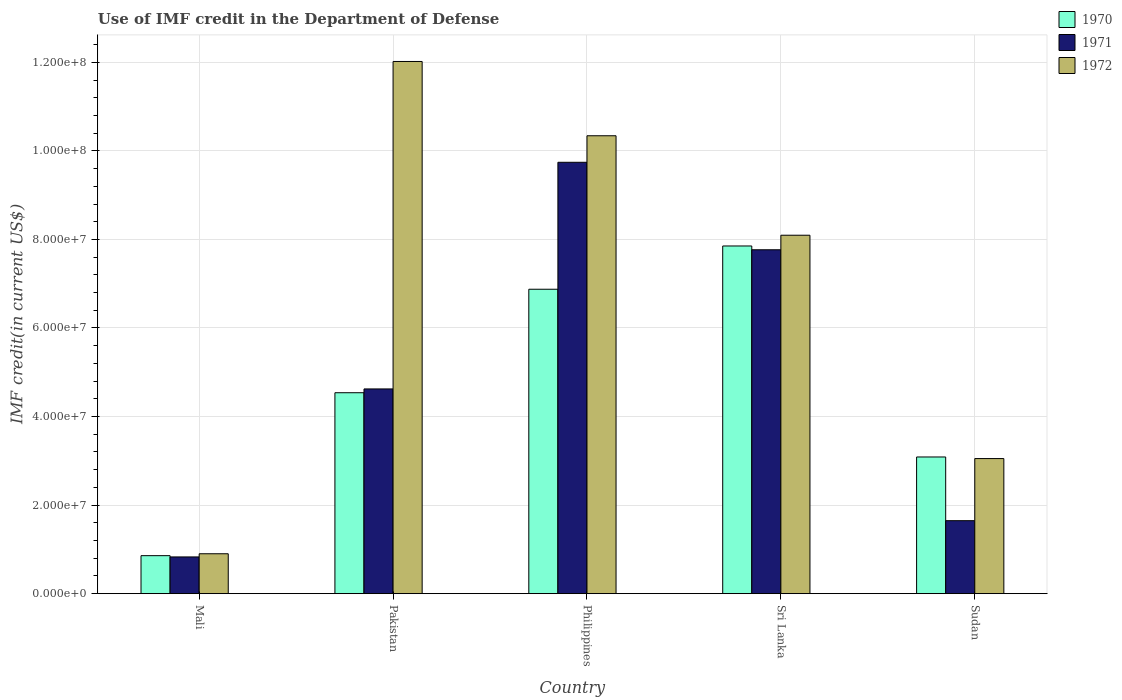
| Country | 1970 | 1971 | 1972 |
 | --- | --- | --- | --- |
 | Mali | 8.58e+06 | 8.3e+06 | 9.01e+06 |
 | Pakistan | 4.54e+07 | 4.62e+07 | 1.2e+08 |
 | Philippines | 6.88e+07 | 9.74e+07 | 1.03e+08 |
 | Sri Lanka | 7.85e+07 | 7.77e+07 | 8.1e+07 |
 | Sudan | 3.09e+07 | 1.65e+07 | 3.05e+07 |